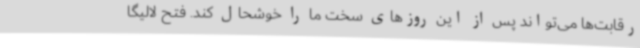
رقابت‌ها می‌تواند پس از این روزهای سخت ما را خوشحال کند. فتح لالیگا